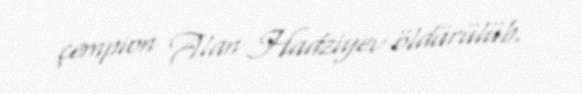
çempion Alan Hadziyev öldürülüb.